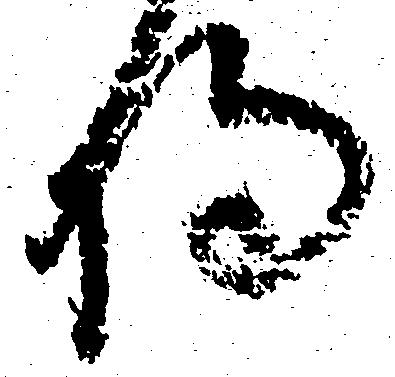
将